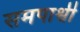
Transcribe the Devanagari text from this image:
समपार्श्वी